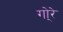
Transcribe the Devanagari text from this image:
गो्रे